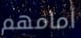
أمامهم